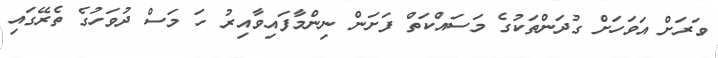
ވަރަށް އަވަހަށް ގުދަންތަކުގެ މަސައްކަތް ފަށަން ނިންމާފައިވާއިރު ހަ މަސް ދުވަހުގެ ތެރޭގައި